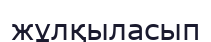
жұлқыласып